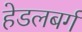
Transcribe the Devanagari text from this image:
हेडलबर्ग